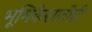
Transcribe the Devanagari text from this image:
भूमिकेसाठीही